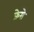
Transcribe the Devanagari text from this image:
फ्रेसे